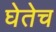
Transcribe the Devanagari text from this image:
घेतेच